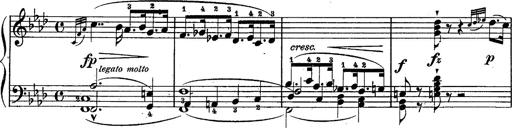
Title: Schubert's Impromptus [revised and edited by Franz Liszt]
Composer: Franz Liszt